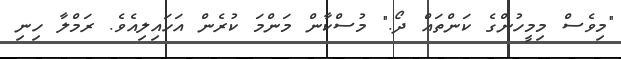
"މިވެސް މިމީހުންގެ ކަންތައް ދޯ." މުސްކާން މަންމަ ކުރެން އަހައިލިއެވެ. ރަމްލާ ހިނި